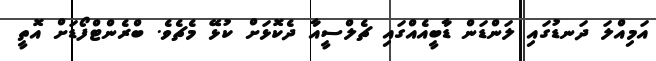
އަމިއްލަ ދަނޑުގައި ލަންޑަން ޑާބީއެއްގައި ޗެލްސީއާ ދެކޮޅަށް ކުޅޭ މެޗެވެ. ބްރެންޓްފޯޑަށް އޮތީ